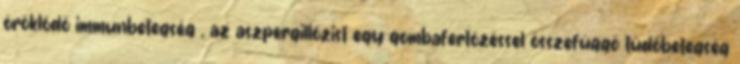
öröklődő immunbetegség , az aszpergillózist egy gombafertőzéssel összefüggő tüdőbetegség